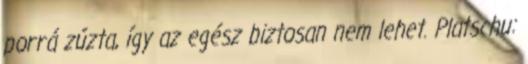
porrá zúzta, így az egész biztosan nem lehet. Platschu: